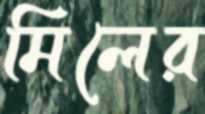
মিলের